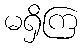
မရှိကြ